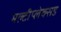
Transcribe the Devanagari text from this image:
मल्टीप्लेक्सड